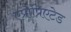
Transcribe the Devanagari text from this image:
एप्रोप्रिएटेड